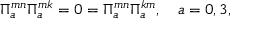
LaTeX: \Pi _ { a } ^ { m n } \Pi _ { a } ^ { m k } = 0 = \Pi _ { a } ^ { m n } \Pi _ { a } ^ { k m } , \quad a = 0 , 3 ,